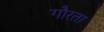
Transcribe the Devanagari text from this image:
गौरता